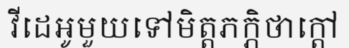
វីដេអូមួយទៅមិត្តភក្ភិថាក្តៅ